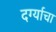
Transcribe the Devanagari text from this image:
दर्ग्याचा